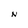
Character: N